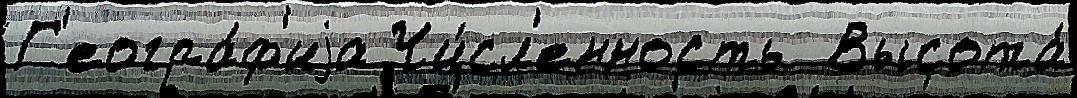
Г'еогра́ф'иjа Чи́сл'енность  Высота́